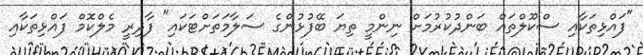
"ފައްޅިތަކާއި ސްކޫލްތައް ބަންދުކުރުމަށް ނިންމީ ތިޔަ ބޭފުޅުންގެ ސަލާމަތަށްޓަކައި" ފާދިރީ މެލްކޮމް ފައްޅިތަކާއި